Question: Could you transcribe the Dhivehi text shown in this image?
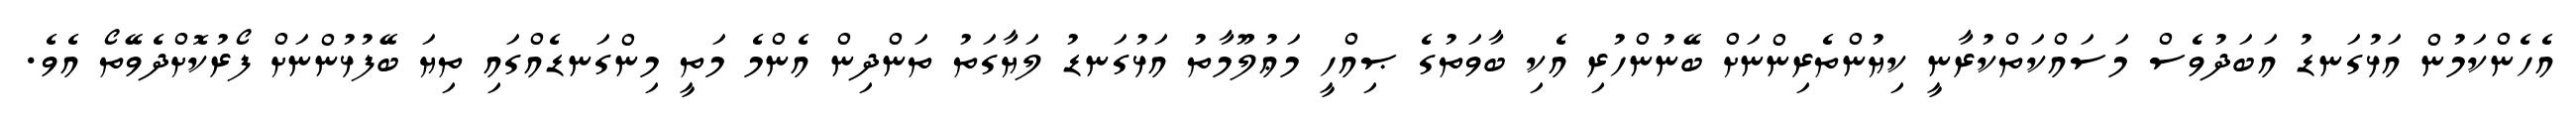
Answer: އެހެންކަމުން އަޅުގަނޑު އަބަދުވެސް މަސައްކަތްކުރާނީ ކިޔުންތެރިންނަށް ބޭނުންހުރި އެކި ބާވަތުގެ ޞިއްހީ މަޢުލޫމާތު އަޅުގަނޑު ލަޔާގަތު ތަންދިން އެންމެ މަތީ މިންގަނޑެއްގައި ތިޔަ ބޭފުޅުންނަށް ފޯރުކޮށްދެވޭތޯ އެވެ.